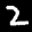
Label: 2